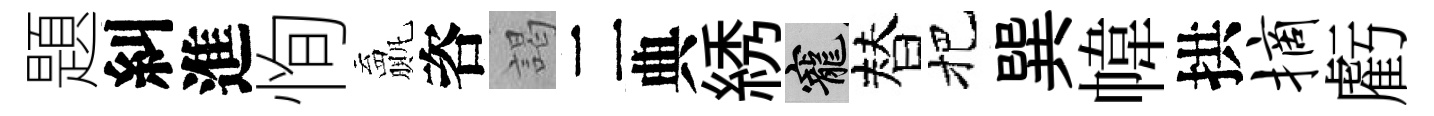
題糾進恂贏咨謁二典綉寵替把巽幃拱摘虧